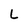
Character: L